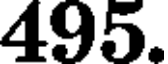
495.